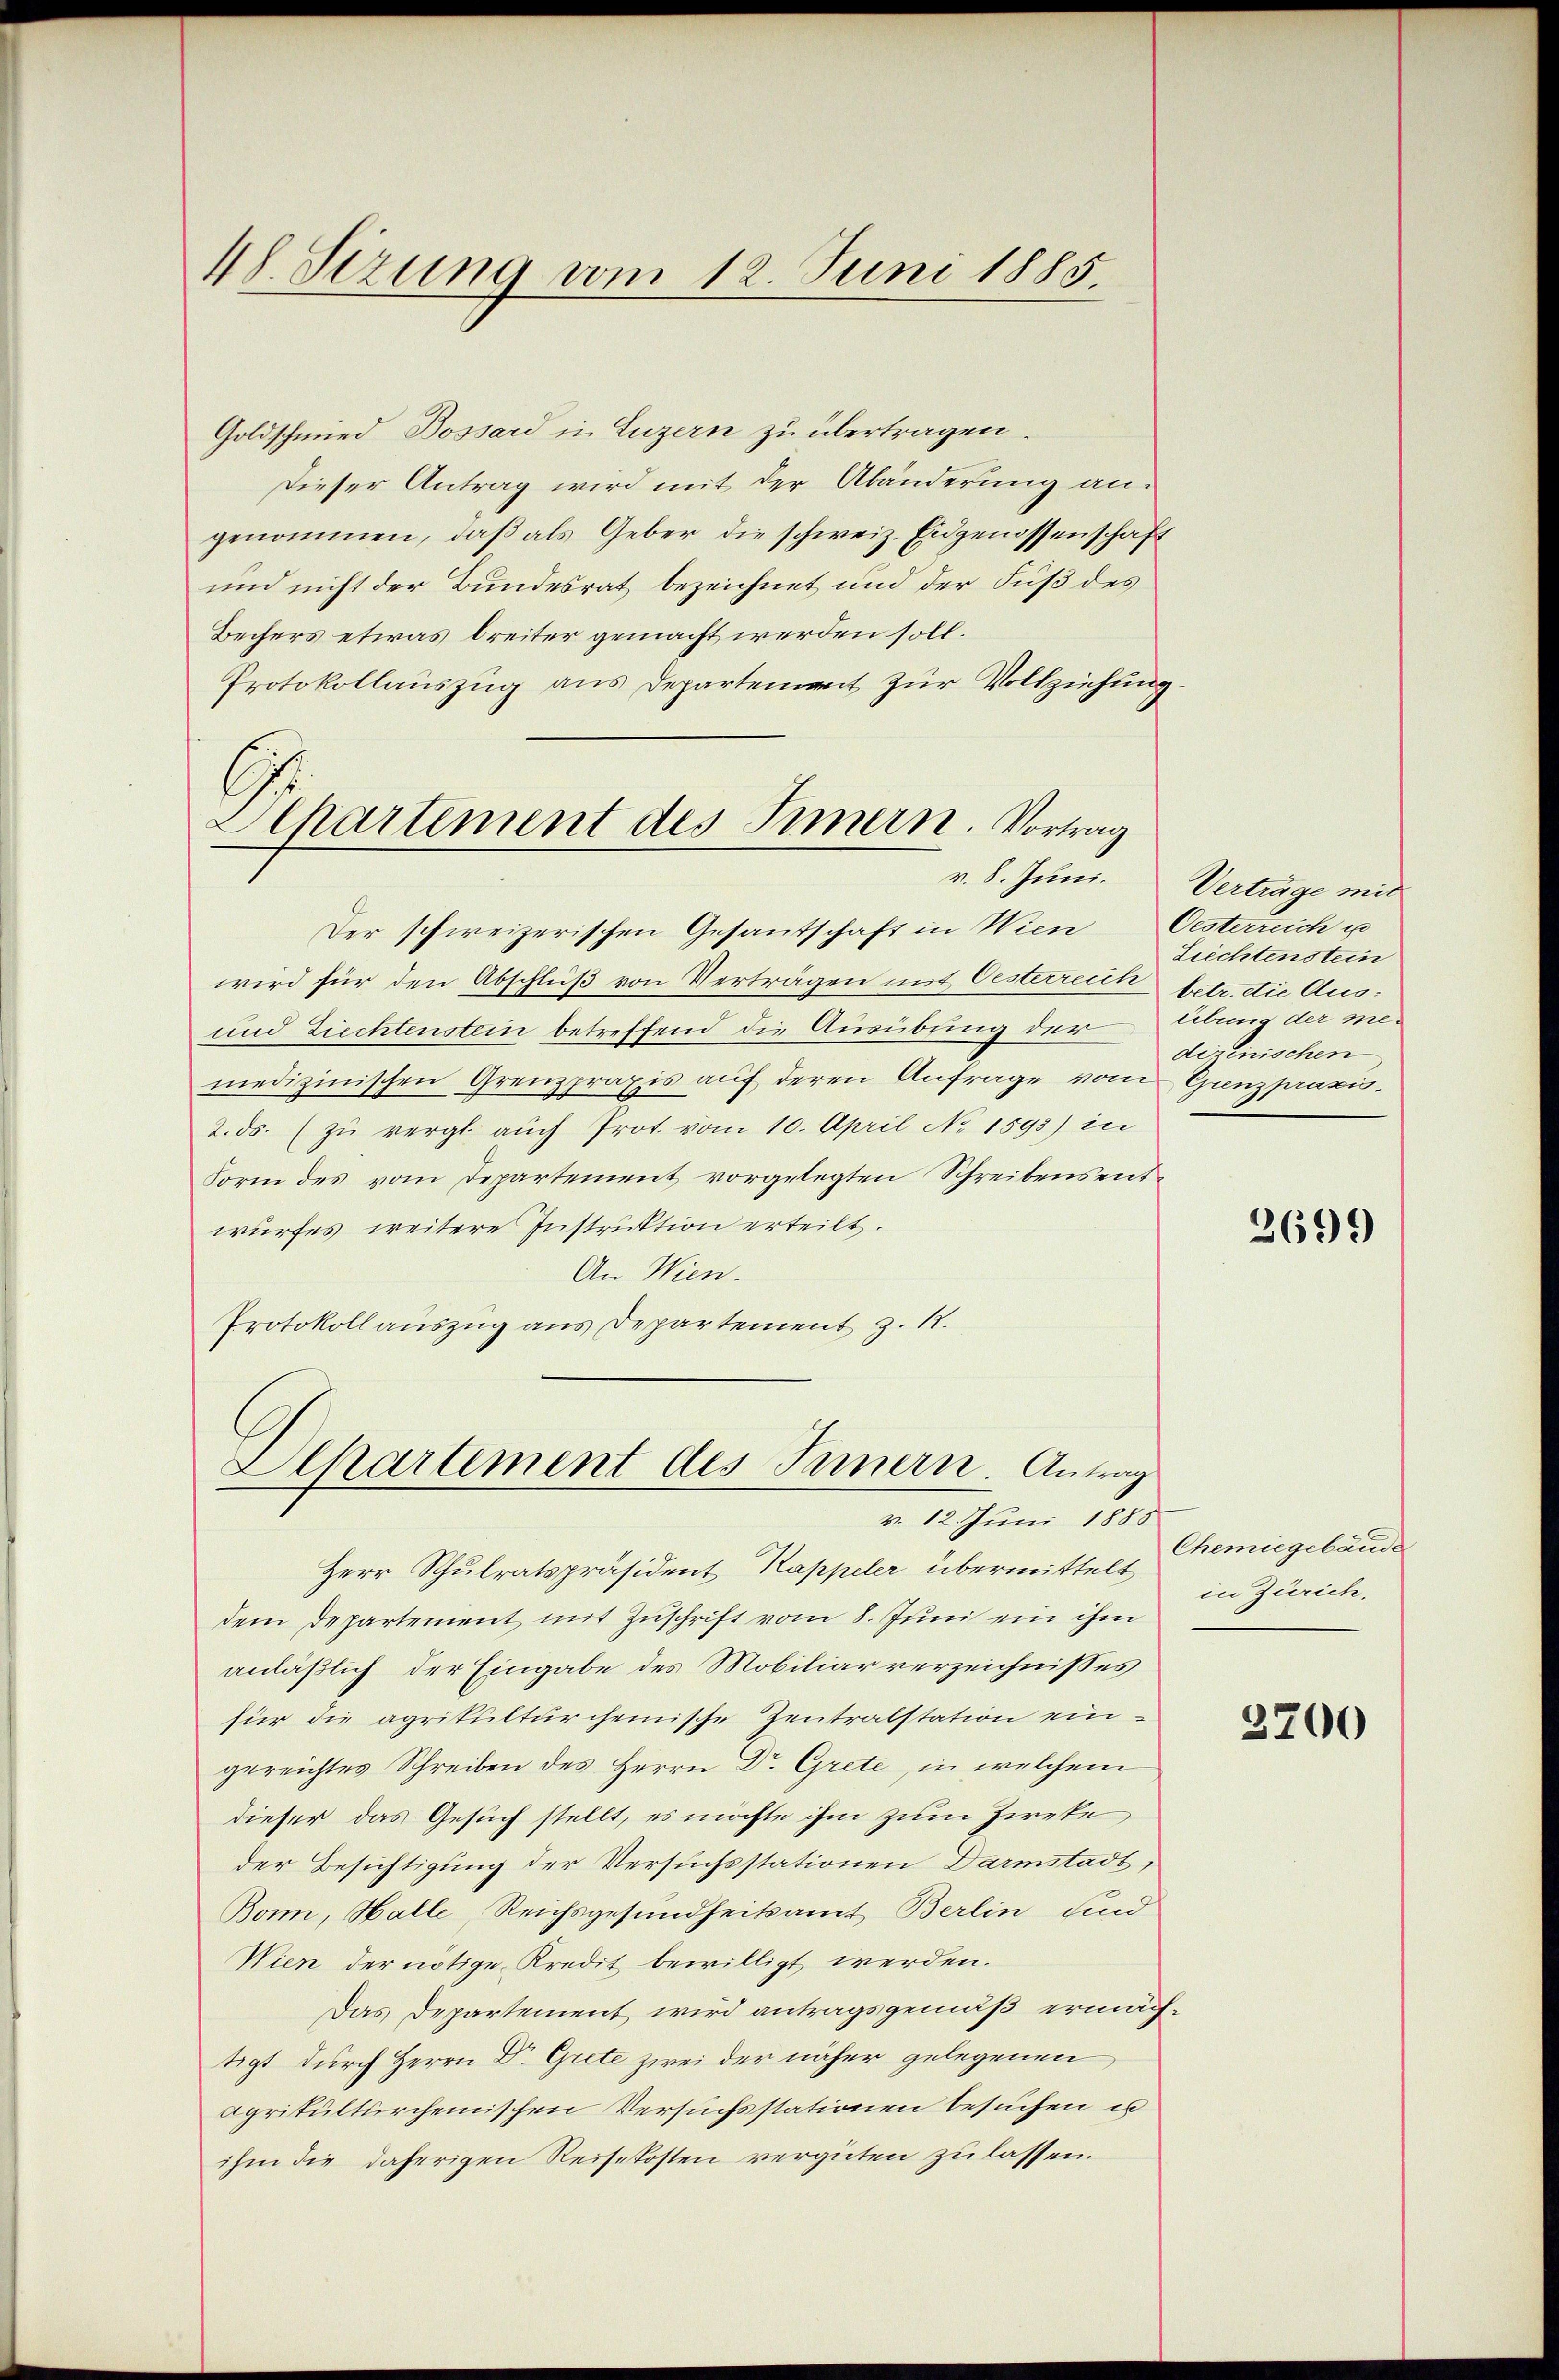
4 Sizung vom 12. Juni 1885.

Goldschmied Bossard in Luzern zu übertragen.
Dieser Antrag wird mit der Abänderung an:
genommen, daβ als Geber die schweiz. Eidgenossenschaft
und nicht der Bundesrat bezeichnet und der Fuß des
Bechers etwas breiter gemacht werden soll.
Protokollauszug aus Departement zur Vollziehung
Der schweizerischen Gesantschaft in Wien
wird für den Abschluß von Verträgen mit Oesterreich betr. die Aus¬
und Ziechtenstein betreffend die Ausübung der
medizinischen Grenzpraxis auf deren Anfrage vom
2. ds. (zu vergl. auch Prot. vom 10. April No 1593) in
Form des vom Departement vorgelegten Schreibens entwurfes weitere Instruktion erteilt.
An Wien.
Protokoll auszug aus Departement z. 1.
Spartement des Innern. Antrag
v. 12. Juni 1883
Herr Schulratspräsident Kappeler übermittelt
dem Departement mit Zuschrift vom 8. Juni ein ihm
anläßlich der Eingabe des Mobiliarverzeichnisses
fier die agrikulturcheinische Zentralstation eingereichtes Schreiben des Herrn Dr. Grete, in welchem
dieser das Gesuch stellt, es möchte ihm zum Zirke
der Besichtigung der Versuchsstationen Darmstadt,
Bonn, Halle Reichsgesundheitsamt Berlin und
Wien der nötige Kredit bewilligt werden.
Das Departement wird antragsgemäß ermächtigt durch Herrn Dr. Grete zwei der näher gelegenen,
agrikultürcheinischen Versuchsstationen besuchen u
ihm die daherigen Reisekosten vergüten zu lassen.

G
Alkartement des Innern. Vortrag
v. 8. Juni.

Verträge mit
Oesterreich u
Liechtenstein
übung der medizinischen
Grenzpraxis.

2699

Chemiegebäude
in Zürich,

3700